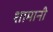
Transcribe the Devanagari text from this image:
शामानी